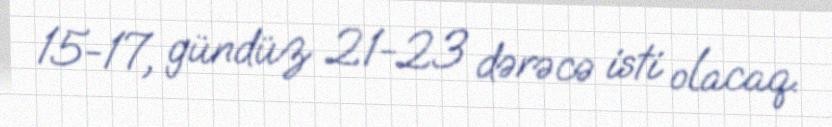
15-17, gündüz 21-23 dərəcə isti olacaq.